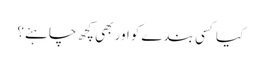
کیا کسی بندے کواور بھی کچھ چاہئے؟